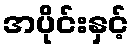
အပိုင်းနှင့်